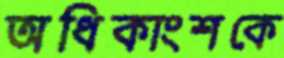
অধিকাংশকে